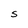
Character: S